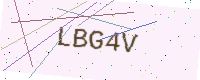
Text: LBG4V